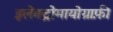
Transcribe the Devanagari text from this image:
इलेक्ट्रोमायोग्राफ़ी